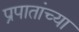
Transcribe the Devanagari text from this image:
प्रपातांच्या